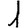
Digit: 1